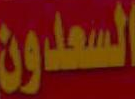
السعدون